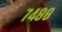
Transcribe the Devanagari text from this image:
७४८८